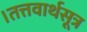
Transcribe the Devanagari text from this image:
।तत्तवार्थसूत्र